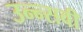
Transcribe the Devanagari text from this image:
उन्न्सवीं